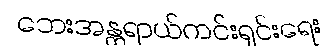
ဘေးအန္တရာယ်ကင်းရှင်းရေး